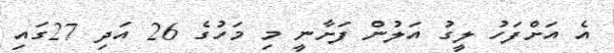
އެ އަށްފަހު ލީގު އަލުން ފަށާނީ މި މަހުގެ 26 އަދި 27ގައި